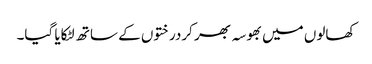
کھالوں میں بھوسہ بھر کردرختوں کے ساتھ لٹکایا گیا۔